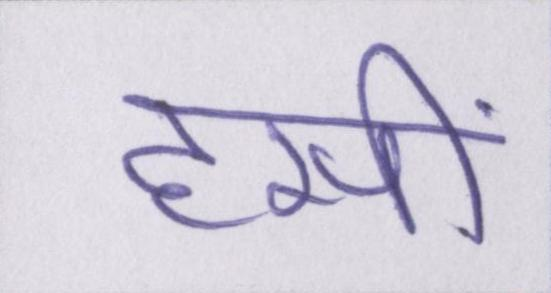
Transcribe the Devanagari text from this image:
हसीं